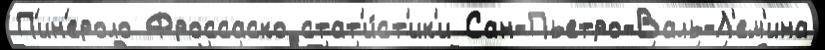
П'ин'ероло Фроссаско стат'и́ст'ик'и Сан-Пьетро-Валь-Л'ем'ина